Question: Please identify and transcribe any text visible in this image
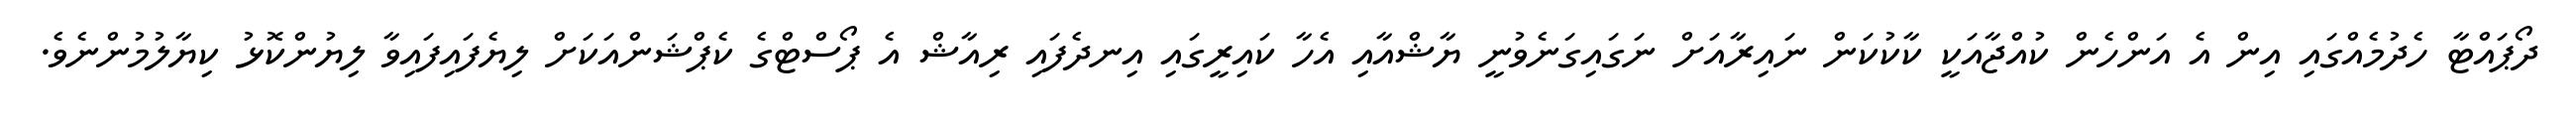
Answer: ދޯޕައްޓާ ހެދުމެއްގައި އިން އެ އަންހެން ކުއްޖާއަކީ ކާކުކަން ނައިރާއަށް ނަގައިގަނެވުނީ ޔާޝްއާއި އެހާ ކައިރީގައި އިނދެފައި ރިއާޝް އެ ޕޯސްޓްގެ ކެޕްޝަންއަކަށް ލިޔެފައިފައިވާ ލިޔުންކޮޅު ކިޔާލުމުންނެވެ.